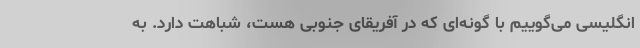
انگلیسی می‌گوییم با گونه‌ای که در آفریقای جنوبی هست، شباهت دارد. به